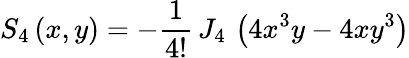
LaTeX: S_{4}\left(x,y\right)=-\frac{1}{4!}\, J_{4}\, \left(4x^{3}y-4xy^{3}\right)